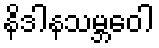
နိဒါနသမ္ဘဝေါ